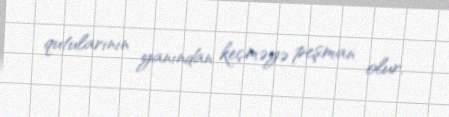
qutularının yanından keçməyə peşman olur.